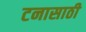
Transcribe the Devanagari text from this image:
टनासाठी